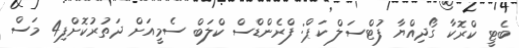
ބެޓީ ކްރޮކާ ގޯދިއްޔާ ފުޓްސަލް ކަޕް: ފްރެންޑްސް ކްލަބް ސެމީއަށް ދަތުރުކޮށްފި4 މަސް